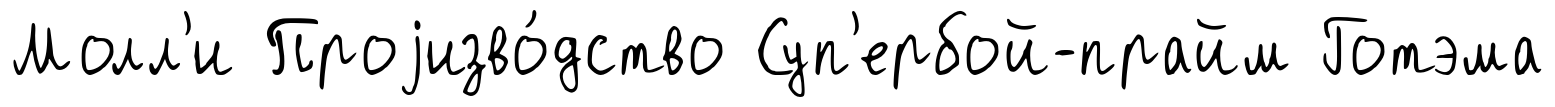
Молл'и Проjизво́дство Суп'ербой-прайм Готэма